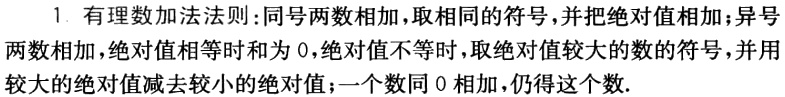
1. 有理数加法法则：同号两数相加，取相同的符号，并把绝对值相加；异号两数相加，绝对值相等时和为 0，绝对值不等时，取绝对值较大的数的符号，并用较大的绝对值减去较小的绝对值；一个数同 0 相加，仍得这个数.